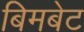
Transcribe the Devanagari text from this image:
बिमबेट